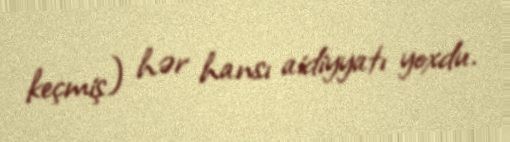
keçmiş) hər hansı aidiyyatı yoxdu.